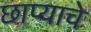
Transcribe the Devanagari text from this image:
छाप्याचे